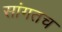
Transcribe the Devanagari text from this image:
सांगतच